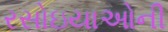
રસોઇયાઓની